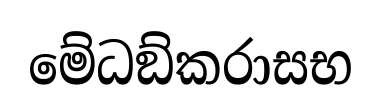
මේධඞ්කරාසභ